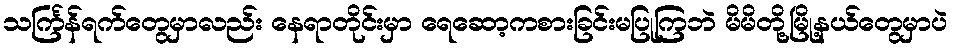
သင်္ကြန်ရက်တွေမှာလည်း နေရာတိုင်းမှာ ရေဆော့ကစားခြင်းမပြုကြဘဲ မိမိတို့မြို့နယ်တွေမှာပဲ